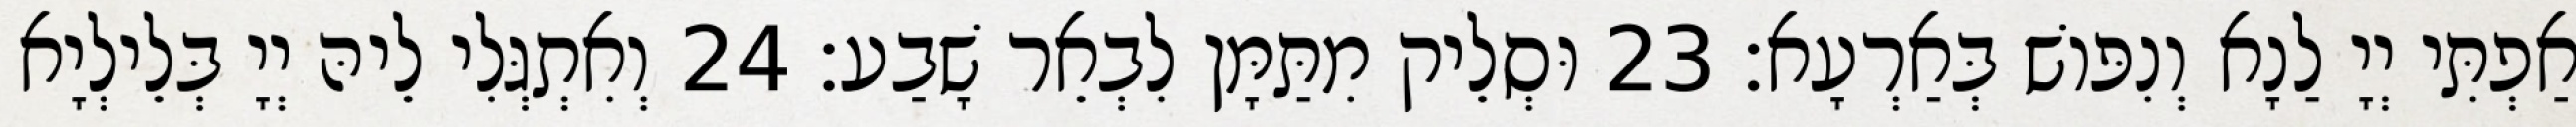
אַפְתִּי יְיָ לַנָא וְנִפּוֹשׁ בְּאַרְעָא׃ 23 וּסְלֵיק מִתַּמָּן לִבְאֵר שָׁבַע׃ 24 וְאִתְגְּלִי לֵיהּ יְיָ בְּלֵילְיָא